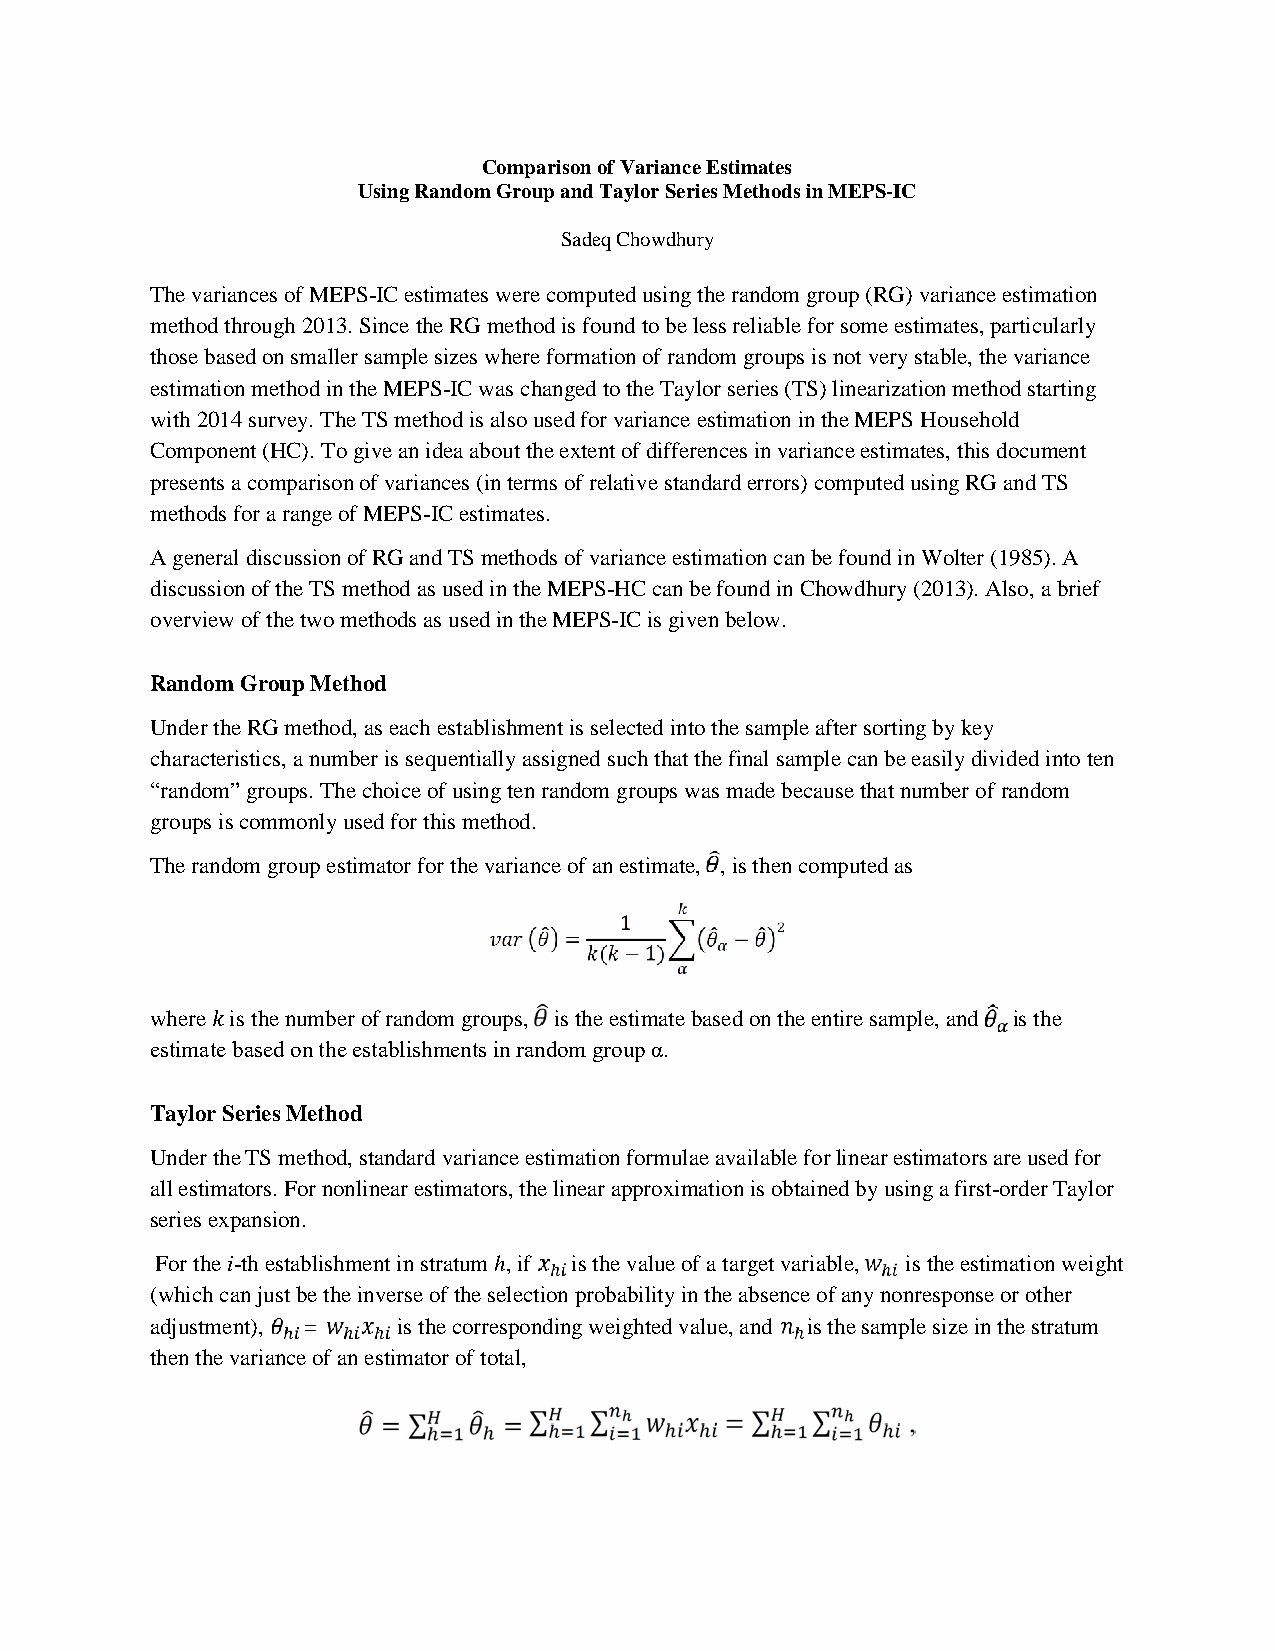
Comparison of Variance Estimates
 Using Random Group and Taylor Series Methods in MEPS-IC
 Sadeq Chowdhury
 The variances of MEPS-IC estimates were computed using the random group (RG) variance estimation
 method through 2013. Since the RG method is found to be less reliable for some estimates, particularly
 those based on smaller sample sizes where formation of random groups is not very stable, the variance
 estimation method in the MEPS-IC was changed to the Taylor series (TS) linearization method starting
 with 2014 survey. The TS method is also used for variance estimation in the MEPS Household
 Component (HC). To give an idea about the extent of differences in variance estimates, this document
 presents a comparison of variances (in terms of relative standard errors) computed using RG and TS
 methods for a range of MEPS-IC estimates.
 A general discussion of RG and TS methods of variance estimation can be found in Wolter (1985). A
 discussion of the TS method as used in the MEPS-HC can be found in Chowdhury (2013). Also, a brief
 overview of the two methods as used in the MEPS-IC is given below.
 Random Group Method
 Under the RG method, as each establishment is selected into the sample after sorting by key
 characteristics, a number is sequentially assigned such that the final sample can be easily divided into ten
 “random” groups. The choice of using ten random groups was made because that number of random
 groups is commonly used for this method.
 The random group estimator for the variance of an estimate, , is then computed as
 where is the number of random groups, is the estimate based on the entire sample, and is the
 estimate based on the establishments in random group α.
 𝑘𝑘
 Taylor Series Method
 Under the TS method, standard variance estimation formulae available for linear estimators are used for
 all estimators. For nonlinear estimators, the linear approximation is obtained by using a first-order Taylor
 series expansion.
 For the i-th establishment in stratum h, if is the value of a target variable, is the estimation weight
 (which can just be the inverse of the selection probability in the absence of any nonresponse or other
 adjustment), =  is the corresponding weighted value, and is the sample size in the stratum
 then the variance of an estimator of total,